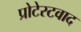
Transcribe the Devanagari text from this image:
प्रोटेस्टवाद